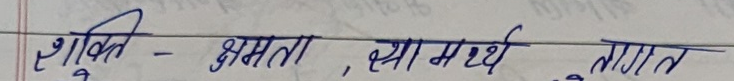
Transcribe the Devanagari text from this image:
शक्ति - क्षमता, सामर्थ्य, ताकत